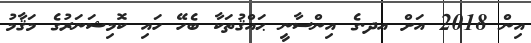
އިން 2018 އަށް އދ.ގެ އިންސާނީ ޙައްޤުތަކާ ބެހޭ ހައި ކޮމިޝަނަރުގެ މަޤާމު